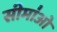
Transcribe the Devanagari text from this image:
सीमा॑ओं